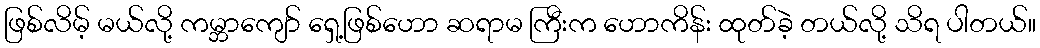
ဖြစ်လိမ့် မယ်လို့ ကမ္ဘာကျော် ရှေ့ဖြစ်ဟော ဆရာမ ကြီးက ဟောကိန်း ထုတ်ခဲ့ တယ်လို့ သိရ ပါတယ်။